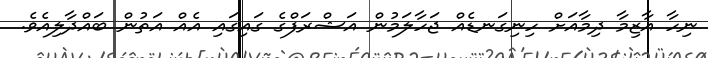
ނިހާ އާޒިމާ ދިމާއަށް ހިނިގަނޑެއް ޖަހާލަމުން އަޝްރަފްގެ ގައިގައި އެއް އަތުން ބައްދާލިއެވެ.